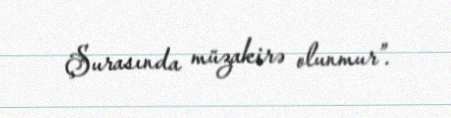
Şurasında müzakirə olunmur”.